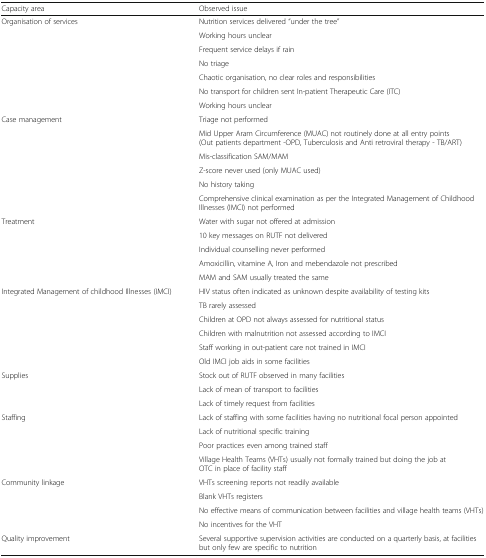
| Capacity area | Observed issue |
 | --- | --- |
 | <ROWSPAN=7> Organisation of services | Nutrition services delivered “under the tree” |
 | Working hours unclear |
 | Frequent service delays if rain |
 | No triage |
 | Chaotic organisation, no clear roles and responsibilities |
 | No transport for children sent In-patient Therapeutic Care (ITC) |
 | Working hours unclear |
 | <ROWSPAN=6> Case management | Triage not performed |
 | Mid Upper Aram Circumference (MUAC) not routinely done at all entry points (Out patients department -OPD, Tuberculosis and Anti retroviral therapy - TB/ART) |
 | Mis-classification SAM/MAM |
 | Z-score never used (only MUAC used) |
 | No history taking |
 | Comprehensive clinical examination as per the Integrated Management of Childhood Illnesses (IMCI) not performed |
 | <ROWSPAN=5> Treatment | Water with sugar not offered at admission |
 | 10 key messages on RUTF not delivered |
 | Individual counselling never performed |
 | Amoxicillin, vitamine A, Iron and mebendazole not prescribed |
 | MAM and SAM usually treated the same |
 | <ROWSPAN=6> Integrated Management of childhood Illnesses (IMCI) | HIV status often indicated as unknown despite availability of testing kits |
 | TB rarely assessed |
 | Children at OPD not always assessed for nutritional status |
 | Children with malnutrition not assessed according to IMCI |
 | Staff working in out-patient care not trained in IMCI |
 | Old IMCI job aids in some facilities |
 | <ROWSPAN=3> Supplies | Stock out of RUTF observed in many facilities |
 | Lack of mean of transport to facilities |
 | Lack of timely request from facilities |
 | <ROWSPAN=4> Staffing | Lack of staffing with some facilities having no nutritional focal person appointed |
 | Lack of nutritional specific training |
 | Poor practices even among trained staff |
 | Village Health Teams (VHTs) usually not formally trained but doing the job at OTC in place of facility staff |
 | <ROWSPAN=4> Community linkage | VHTs screening reports not readily available |
 | Blank VHTs registers |
 | No effective means of communication between facilities and village health teams (VHTs) |
 | No incentives for the VHT |
 | Quality improvement | Several supportive supervision activities are conducted on a quarterly basis, at facilities but only few are specific to nutrition |